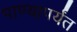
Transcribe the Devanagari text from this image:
पाण्यापर्यंत